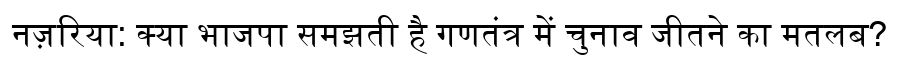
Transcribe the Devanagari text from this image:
नज़रिया: क्या भाजपा समझती है गणतंत्र में चुनाव जीतने का मतलब?